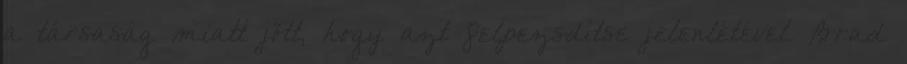
a társaság miatt jött, hogy azt felpezsdítse jelenlétével. Brad